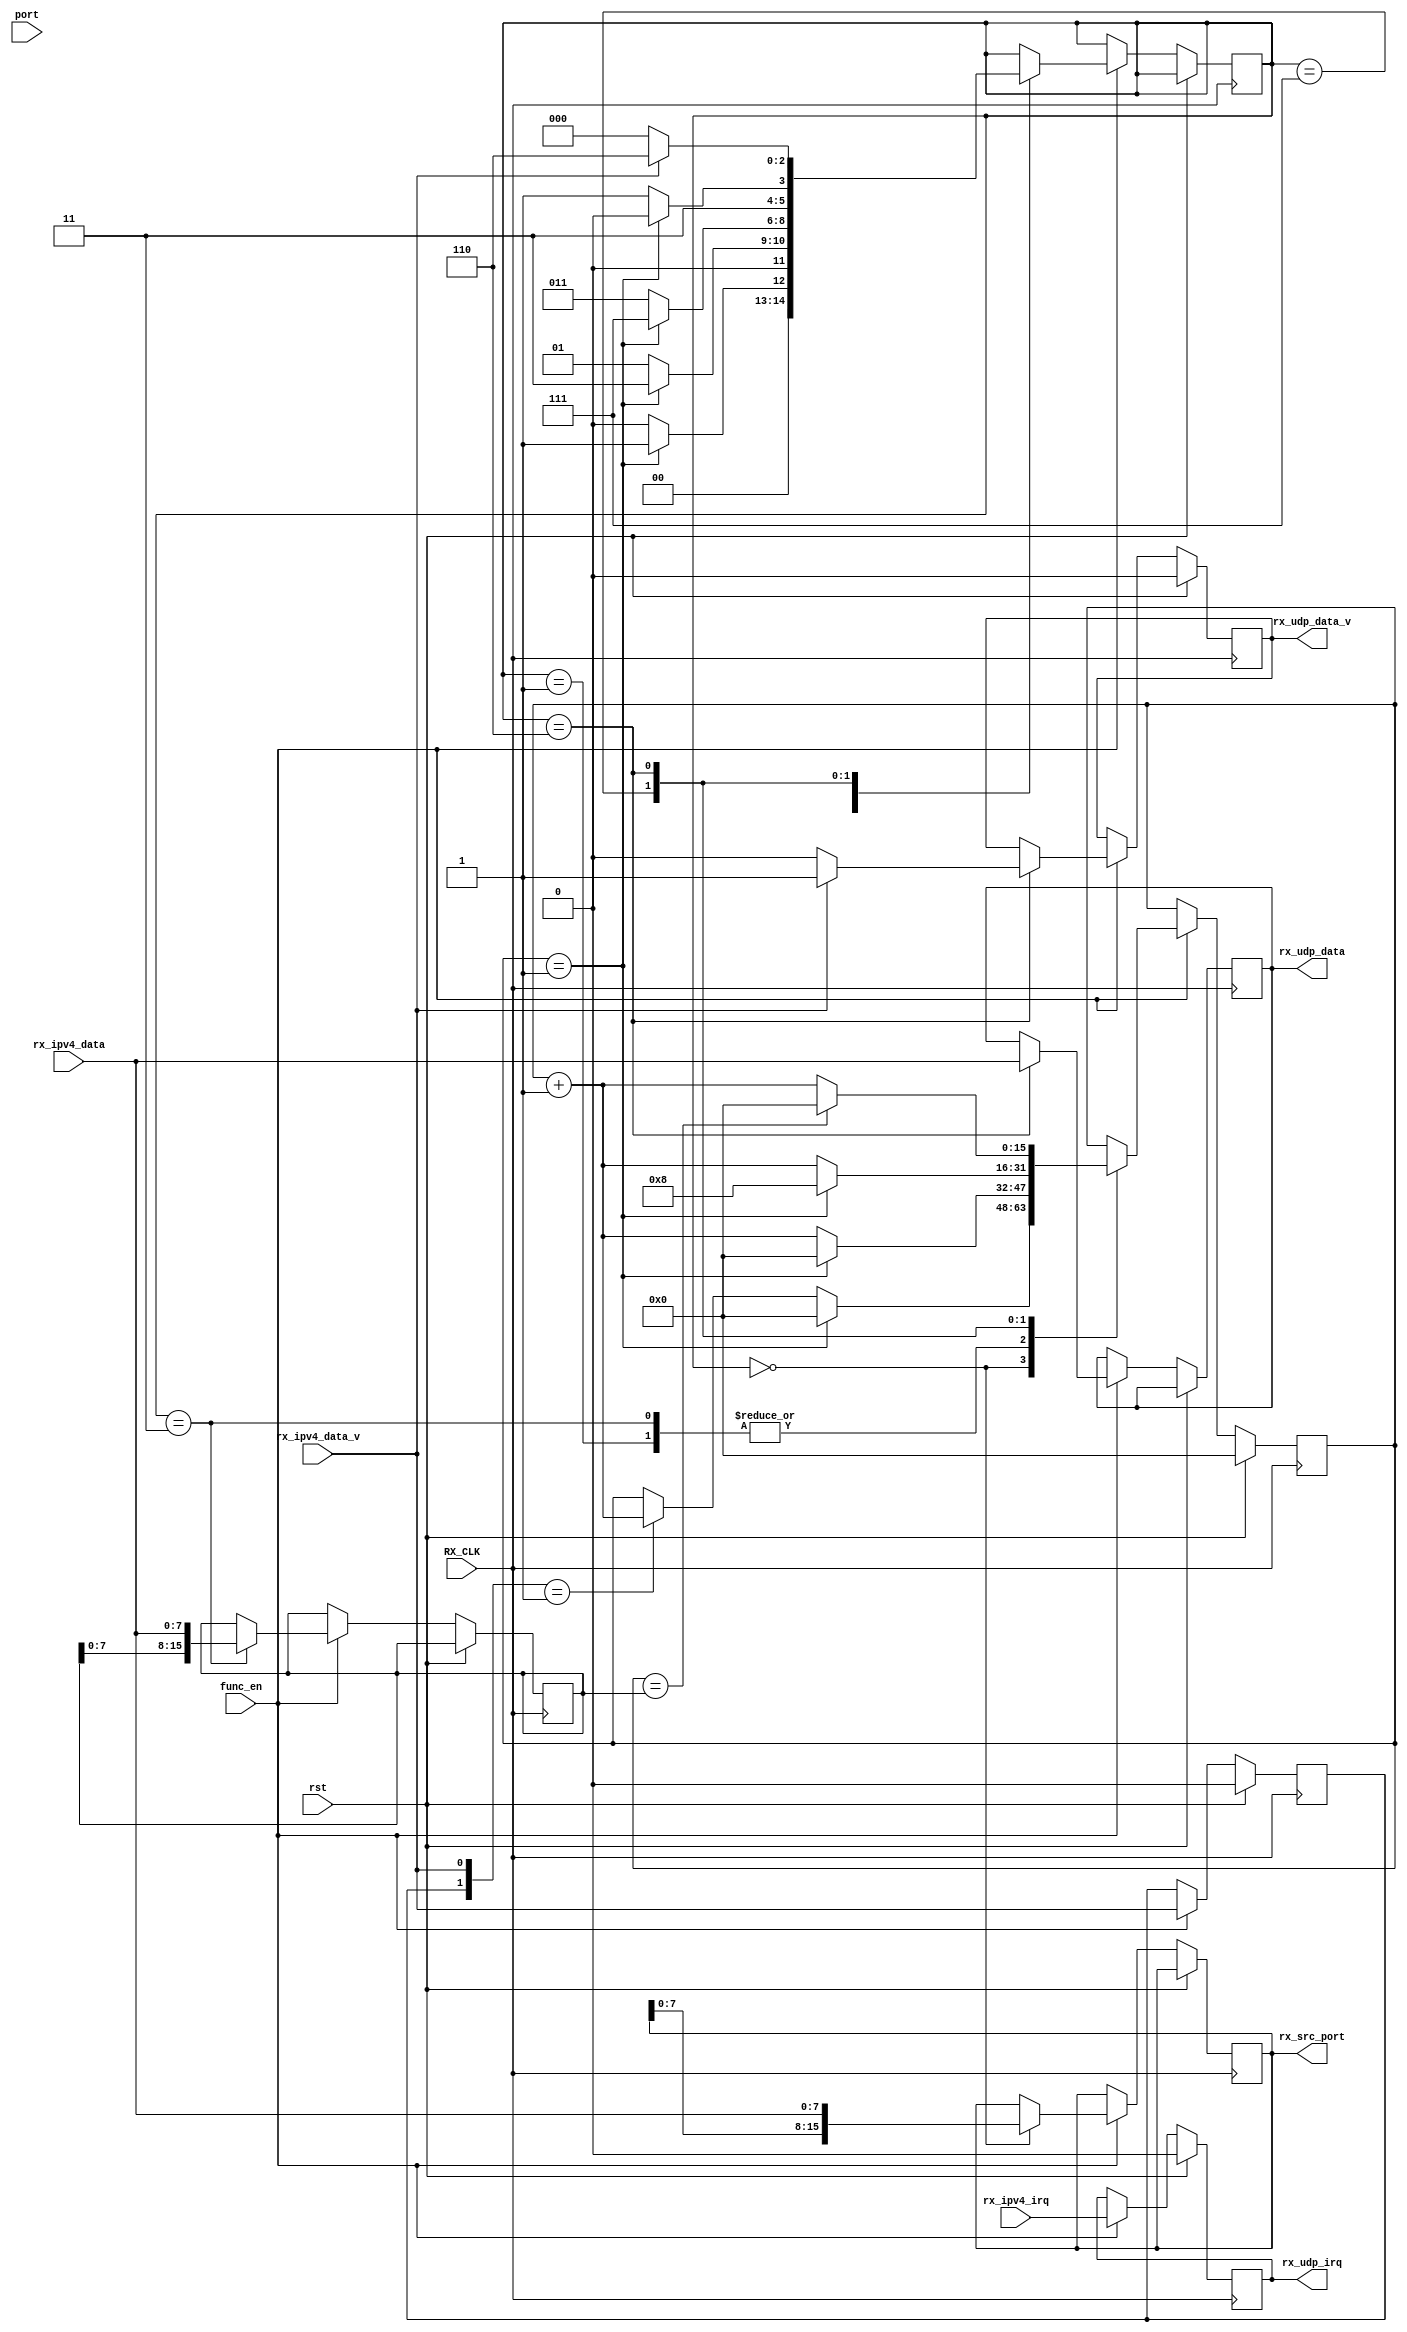
`default_nettype none
module rx_udp #(
    parameter   OCT = 8
)(
    input   wire                rst,
    input   wire                func_en,
    input   wire    [OCT*2-1:0] port,
    output  reg     [OCT*2-1:0] rx_src_port,
    input   wire                rx_ipv4_irq,
    output  reg                 rx_udp_irq,

    input   wire                RX_CLK,
    input   wire                rx_ipv4_data_v,
    input   wire    [OCT-1:0]   rx_ipv4_data,

    output  reg                 rx_udp_data_v,
    output  reg     [OCT-1:0]   rx_udp_data
);

    parameter SRC_PORT = 3'b000;
    parameter DST_PORT = 3'b001;
    parameter DATA_LEN = 3'b011;
    parameter CHECKSUM = 3'b111;
    parameter UDP_DATA = 3'b110;

    reg [OCT*2-1:0] data_cnt;

    reg [2:0]   rx_state;

    reg [OCT*2-1:0] rx_dst_port;
    reg [OCT*2-1:0] rx_data_len;
    reg [OCT*2-1:0] rx_checksum;

    reg rx_ipv4_data_vp;

    always @(posedge RX_CLK) begin
        if(rst) begin
            data_cnt    <= 16'h0000;
            rx_ipv4_data_vp <= 1'b0;
            rx_udp_data_v   <= 1'b0;
            rx_udp_irq  <= 1'b0;
        end else if (func_en) begin
            rx_udp_irq  <= rx_ipv4_irq;
            rx_ipv4_data_vp <= rx_ipv4_data_v;
            case(rx_state)
                SRC_PORT : begin
                    if(data_cnt == 16'h0001) begin
                        rx_state    <= DST_PORT;
                        data_cnt    <= 16'h0000;
                    end else begin
                        if({rx_ipv4_data_vp, rx_ipv4_data_v} == 2'b01) begin
                            data_cnt    <= data_cnt + 16'h0001;
                        end
                        rx_state    <= SRC_PORT;
                    end
                    rx_src_port <= {rx_src_port[OCT-1:0], rx_ipv4_data};
                end
                DST_PORT : begin
                    if(data_cnt == 16'h0001) begin
                        rx_state    <= DATA_LEN;
                        data_cnt    <= 16'h0000;
                    end else begin
                        rx_state    <= DST_PORT;
                        data_cnt    <= data_cnt + 16'h0001;
                    end
                    rx_dst_port <= {rx_dst_port[OCT-1:0], rx_ipv4_data};
                end
                DATA_LEN : begin
                    if(data_cnt == 16'h0001) begin
                        rx_state    <= CHECKSUM;
                        data_cnt    <= 16'h0000;
                    end else begin
                        rx_state    <= DATA_LEN;
                        data_cnt    <= data_cnt + 16'h0001;
                    end
                    rx_data_len <= {rx_data_len[OCT-1:0], rx_ipv4_data};
                end
                CHECKSUM : begin
                    if(data_cnt == 16'h0001) begin
                        rx_state    <= UDP_DATA;
                        data_cnt    <= 16'h0008;
                    end else begin
                        rx_state    <= CHECKSUM;
                        data_cnt    <= data_cnt + 16'h0001;
                    end
                    rx_checksum <= {rx_checksum[OCT-1:0], rx_ipv4_data};
                end
                UDP_DATA : begin
                    if(data_cnt == rx_data_len) begin
                        data_cnt    <= 16'h0000;
                    end else begin
                        data_cnt    <= data_cnt + 16'h0001;
                    end
                    if(rx_ipv4_data_v) begin
                        rx_state    <= UDP_DATA;
                        rx_udp_data_v   <= 1'b1;
                    end else begin
                        rx_state    <= SRC_PORT;
                        rx_udp_data_v   <= 1'b0;
                    end
                    rx_udp_data     <= rx_ipv4_data;
                end
            endcase
        end
    end
endmodule
`default_nettype wire